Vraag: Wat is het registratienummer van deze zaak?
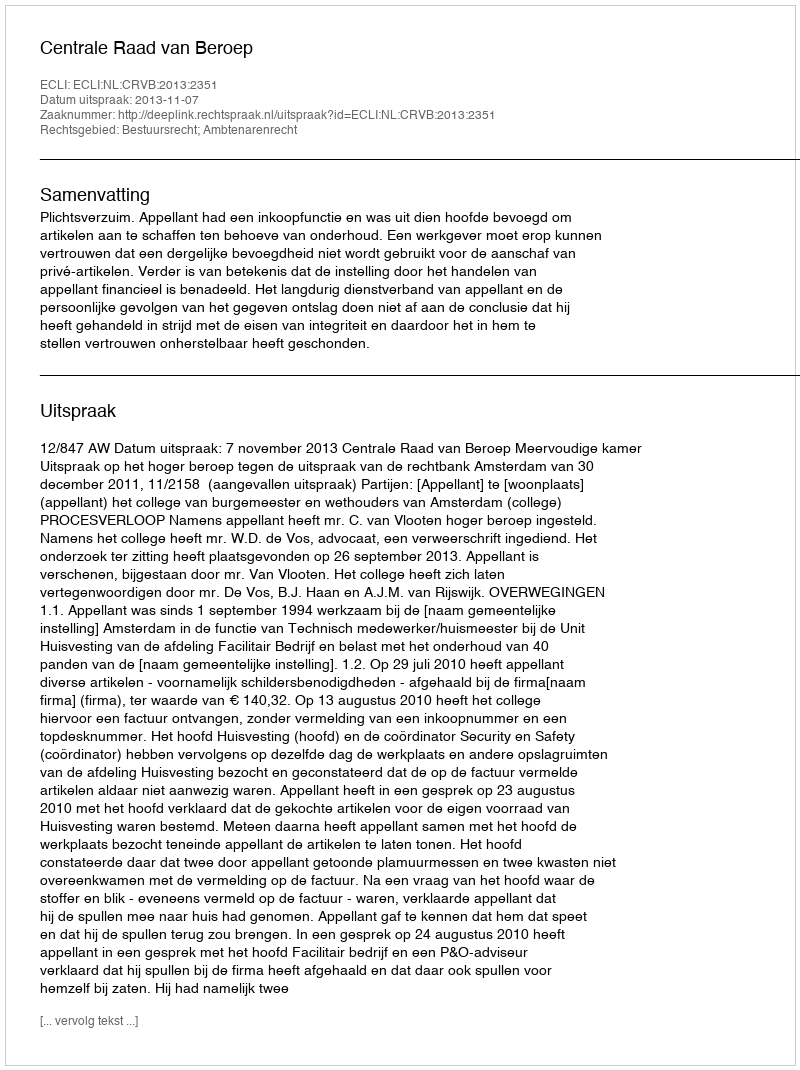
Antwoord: http://deeplink.rechtspraak.nl/uitspraak?id=ECLI:NL:CRVB:2013:2351